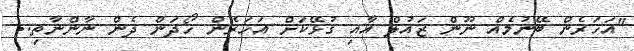
"އަހަރެން ބޭނުމެއް ނޫން ޒައުލް އާއި ގުޅޭކަށް އަހަރެން ހޯދަން ދެން ނާންނާތި..